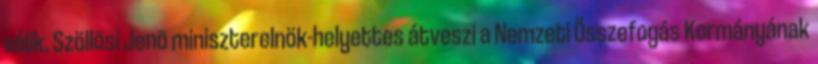
válik. Szöllõsi Jenõ miniszterelnök-helyettes átveszi a Nemzeti Összefogás Kormányának